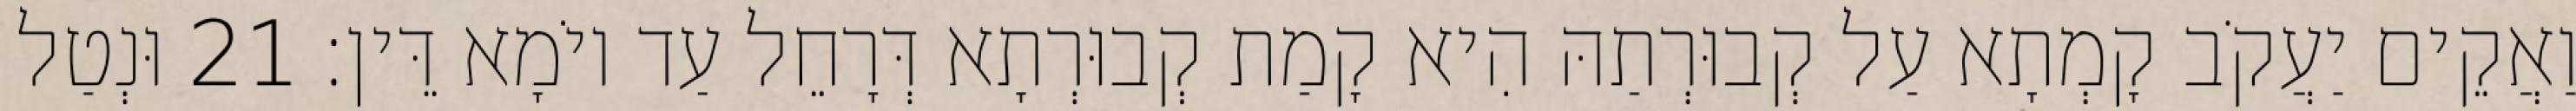
וַאֲקֵים יַעֲקֹב קָמְתָא עַל קְבוּרְתַהּ הִיא קָמַת קְבוּרְתָא דְּרָחֵל עַד יוֹמָא דֵּין׃ 21 וּנְטַל